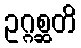
ဥဂ္ဂစ္ဆတိ